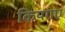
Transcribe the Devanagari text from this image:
कियगए